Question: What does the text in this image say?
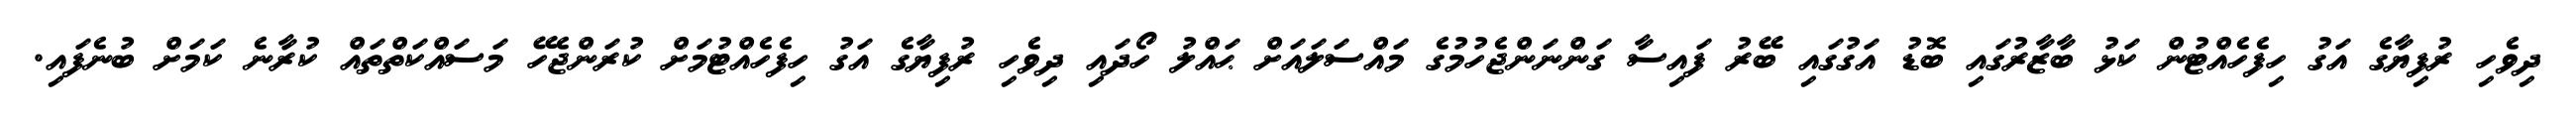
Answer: ދިވެހި ރުފިޔާގެ އަގު ހިފެހެއްޓުން ކަޅު ބާޒާރުގައި ބޮޑު އަގުގައި ބޭރު ފައިސާ ގަންނަންޖެހުމުގެ މައްސަލައަށް ޙައްލު ހޯދައި ދިވެހި ރުފިޔާގެ އަގު ހިފެހެއްޓުމަށް ކުރަންޖެހޭ މަސައްކަތްތައް ކުރާނެ ކަމަށް ބުނެފައި.